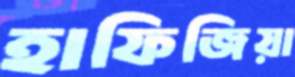
হাফিজিয়া